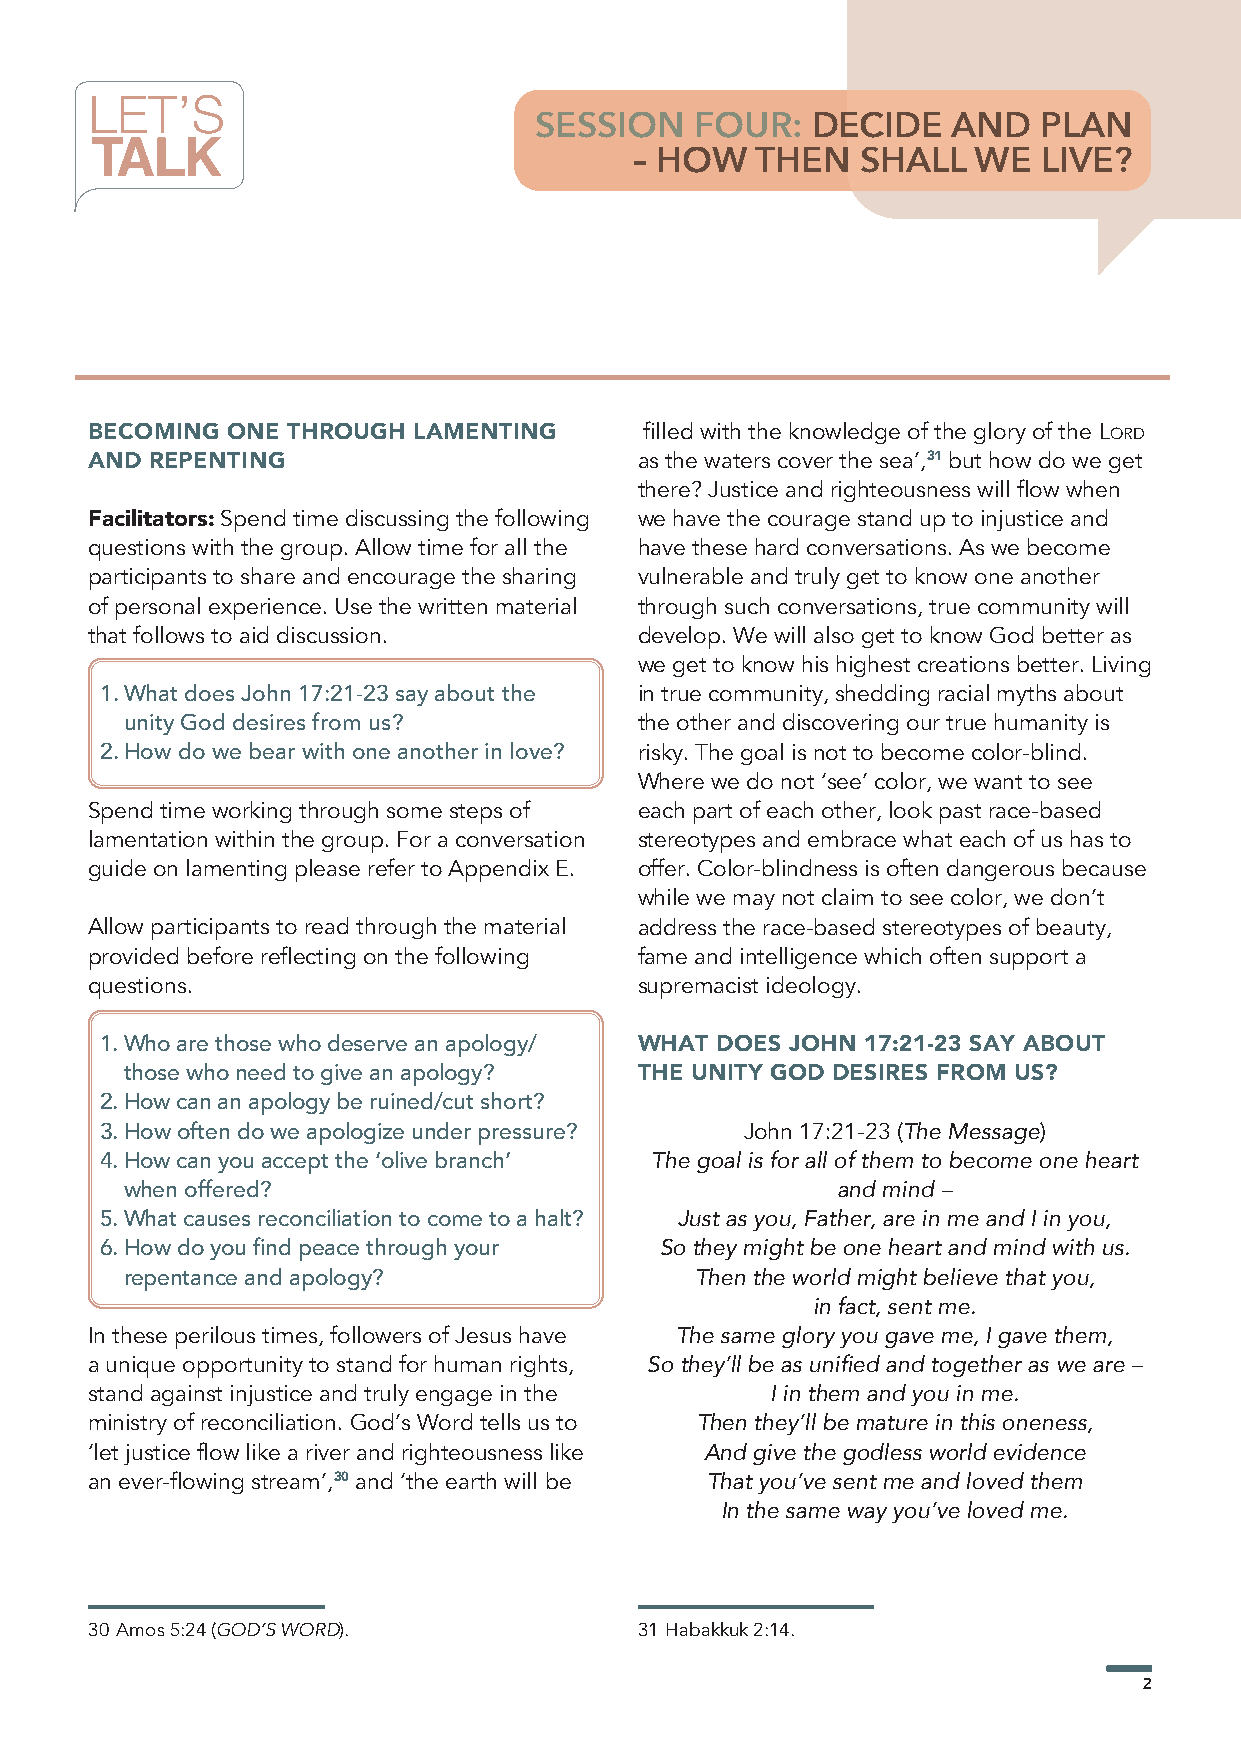
LET’S
 SESSION    FOUR:   DECIDE   AND   PLAN
 TALK
 – HOW   THEN   SHALL   WE  LIVE?
 BECOMING ONE THROUGH LAMENTING       filled with the knowledge of the glory of the Lord
 AND REPENTING                       as the waters cover the sea’,31 but how do we get
 there? Justice and righteousness will flow when
 Facilitators: Spend time discussing the following we have the courage stand up to injustice and
 questions with the group. Allow time for all the have these hard conversations. As we become
 participants to share and encourage the sharing vulnerable and truly get to know one another
 of personal experience. Use the written material through such conversations, true community will
 that follows to aid discussion.     develop. We will also get to know God better as
 we get to know his highest creations better. Living
 1. What does John 17:21-23 say about the in true community, shedding racial myths about
 unity God desires from us?        the other and discovering our true humanity is
 2. How do we bear with one another in love? risky. The goal is not to become color-blind.
 Where we do not ‘see’ color, we want to see
 Spend time working through some steps of each part of each other, look past race-based
 lamentation within the group. For a conversation stereotypes and embrace what each of us has to
 guide on lamenting please refer to Appendix E. offer. Color-blindness is often dangerous because
 while we may not claim to see color, we don’t
 Allow participants to read through the material address the race-based stereotypes of beauty,
 provided before reflecting on the following fame and intelligence which often support a
 questions.                          supremacist ideology.
 1. Who are those who deserve an apology/ WHAT DOES JOHN 17:21-23 SAY ABOUT
 those who need to give an apology? THE UNITY GOD DESIRES FROM US?
 2. How can an apology be ruined/cut short?
 3. How often do we apologize under pressure? John 17:21-23 (The Message)
 4. How can you accept the ‘olive branch’ The goal is for all of them to become one heart
 when offered?                                  and mind –
 5. What causes reconciliation to come to a halt? Just as you, Father, are in me and I in you,
 6. How do you find peace through your So they might be one heart and mind with us.
 repentance and apology?               Then the world might believe that you,
 in fact, sent me.
 In these perilous times, followers of Jesus have The same glory you gave me, I gave them,
 a unique opportunity to stand for human rights, So they’ll be as unified and together as we are –
 stand against injustice and truly engage in the I in them and you in me.
 ministry of reconciliation. God’s Word tells us to Then they’ll be mature in this oneness,
 ‘let justice flow like a river and righteousness like And give the godless world evidence
 an ever-flowing stream’,30 and ‘the earth will be That you’ve sent me and loved them
 In the same way you’ve loved me.
 30 Amos 5:24 (GOD’S WORD).          31 Habakkuk 2:14.
 2